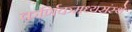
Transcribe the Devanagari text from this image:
कर्णिकमध्यसंस्थे